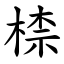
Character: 㮏